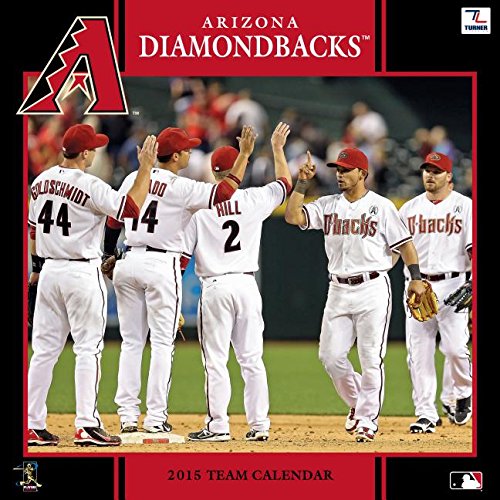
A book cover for Arizona Diamondbacks; Calendars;